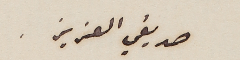
صديقي العزيز .